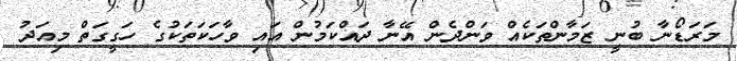
މަރަޑޯނާ ބުނީ ޒަމާންތަކެއް ވަންދެން އޭނާ ދައްކަމުން އައި ވާހަކަތަކުގެ ހަގީގަތް މިއަދު